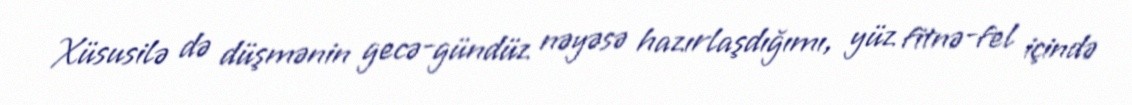
Xüsusilə də düşmənin gecə-gündüz nəyəsə hazırlaşdığımı, yüz fitnə-fel içində